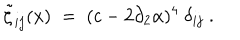
\tilde { \zeta } _ { i j } ( x ) \; = \; ( c - 2 \partial _ { 2 } \alpha ) ^ { 4 } \ \delta _ { i j } \ .